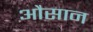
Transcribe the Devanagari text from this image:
औसान